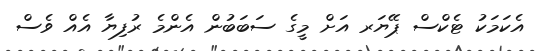
އެކަމަކު ޓެކްސް ޕޭޔަރ އަށް މީގެ ސަބަބުން އެންމެ ރުފިޔާ އެއް ވެސް